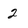
Character: 2